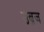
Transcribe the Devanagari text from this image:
उब्रज